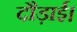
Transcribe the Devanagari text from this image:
दौड़ाई।